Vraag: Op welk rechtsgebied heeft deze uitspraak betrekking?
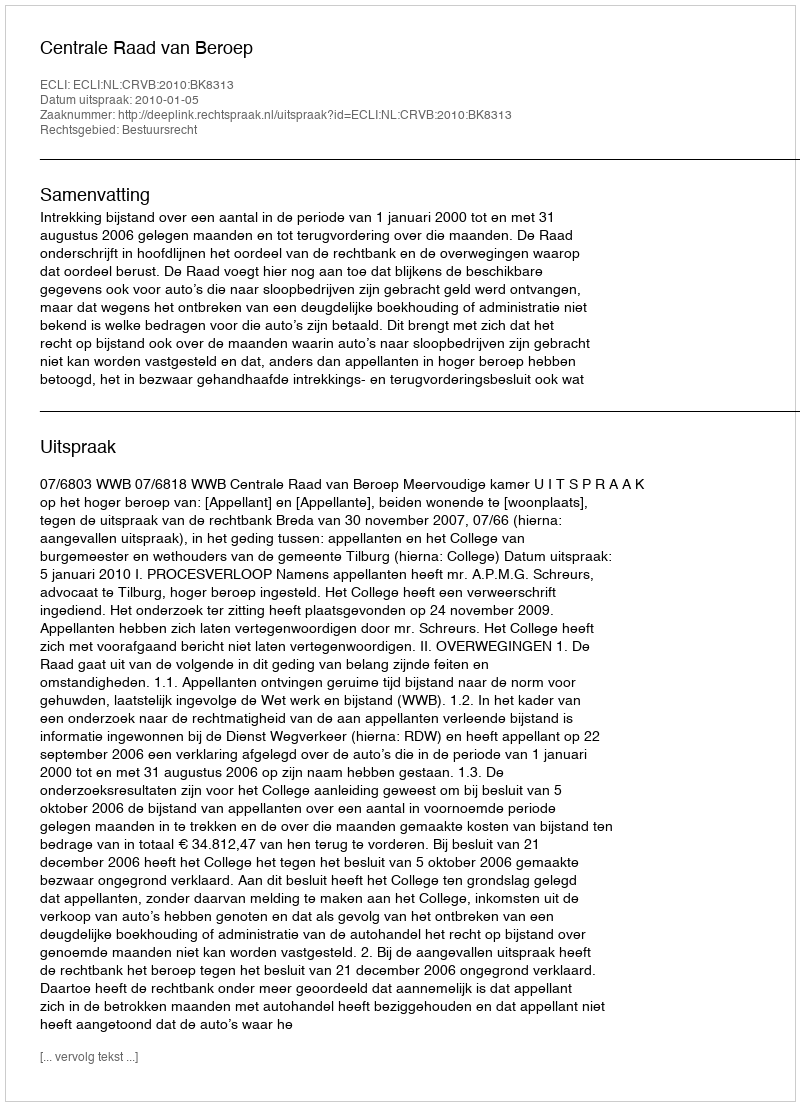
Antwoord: Bestuursrecht